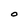
Character: O